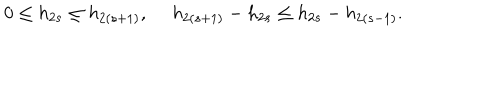
0 \leq h _ { 2 s } \leq h _ { 2 ( s + 1 ) } , ~ ~ h _ { 2 ( s + 1 ) } - h _ { 2 s } \leq h _ { 2 s } - h _ { 2 ( s - 1 ) } .